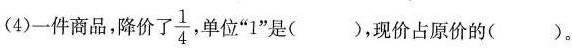
(4)一件商品，降价了\frac{1}{4}， 单位”1”是( )，现价占原价的( )。